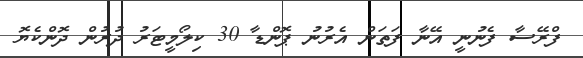
ފްރޭސާ ފެނުނީ އޭނާ ފަތަން އެރުނު ޕޮންޑާ 30 ކިލޯމީޓަރު ދުރުން ދޮންކެޔޮ